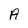
Character: A